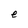
Character: e